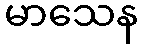
မာသေန